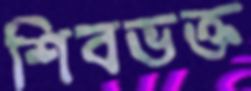
শিবভক্ত